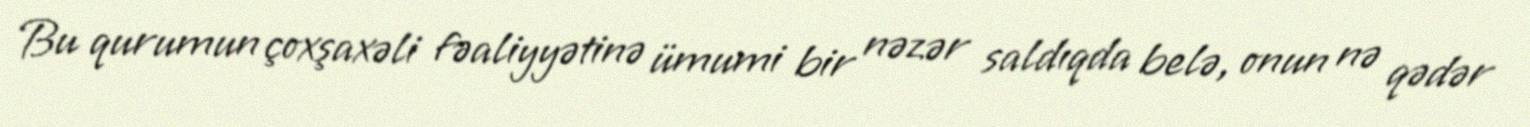
Bu qurumun çoxşaxəli fəaliyyətinə ümumi bir nəzər saldıqda belə, onun nə qədər